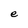
Character: e